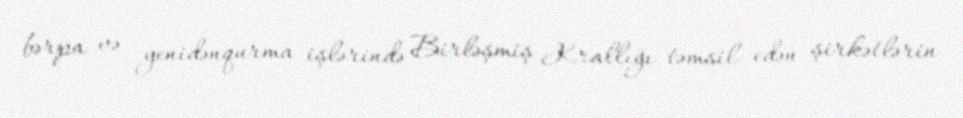
bərpa və yenidənqurma işlərində Birləşmiş Krallığı təmsil edən şirkətlərin